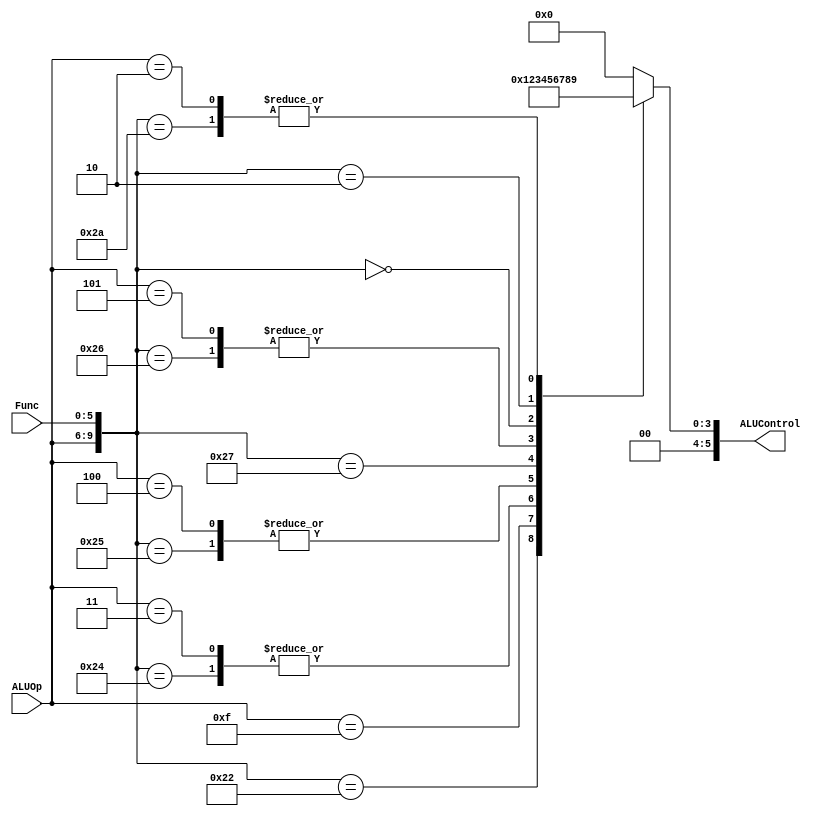
module ALUControl(ALUControl, ALUOp, Func);

  input [3:0] ALUOp;
  input [5:0] Func;

output reg [5:0] ALUControl;

  wire [9:0] ALUInput;  
  assign ALUInput = {ALUOp, Func};

always@(ALUInput) begin
casex(ALUInput)

  10'b0001xxxxxx: 
    ALUControl <= 6'b000000;  // addi

  10'b0000100000: 
    ALUControl <= 6'b000000;  // case 0: add

  10'b0000100010: 
    ALUControl <= 6'b000001;  // case 1: sub

  10'b1111xxxxxx: 
    ALUControl <= 6'b000010;  // case 2: mul

  10'b0000100100: 
    ALUControl <= 6'b000011;  // case 3: AND 

  10'b0011xxxxxx: 
    ALUControl <= 6'b000011;  // case 3: ANDI

  10'b0000100101: 
    ALUControl <= 6'b000100;  // case 4: OR

  10'b0100xxxxxx: 
    ALUControl <= 6'b000100;  // case 4: ORI

  10'b0000100111: 
    ALUControl <= 6'b000101;  // case 5: NOR

  10'b0000100110: 
    ALUControl <= 6'b000110;  // case 6: XOR 

  10'b0101xxxxxx: 
    ALUControl <= 6'b000110;  // case 6: XORI

  10'b0000000000: 
    ALUControl <= 6'b000111;  // case 7: sll

  10'b0000000010: 
    ALUControl <= 6'b001000;  // case 8: srl

  10'b0000101010: 
    ALUControl <= 6'b001001;  // case 9: slt

  10'b0010xxxxxx: 
    ALUControl <= 6'b001001;  // case 9: slti

  10'b1010xxxxxx: 
    ALUControl <= 6'b000000;  // case 10: lw, lh, lb, sw, sh, sb

//  10'b1001xxxxxx: 
//    ALUControl <= 6'b001011;  // case 11: beq

//  10'b1010xxxxxx: 
//    ALUControl <= 6'b001100;  // case 12: bne

//  10'b1011xxxxxx: 
//    ALUControl <= 6'b001101;  // case 13: bgtz

//  10'b1100xxxxxx: 
//    ALUControl <= 6'b001110;  // case 14: blez
    
//  10'b1101xxxxxx: 
//    ALUControl <= 6'b001111;  // case 15: bltz

  default: 
    ALUControl <= 6'b000000;  // R-Format

endcase
end
endmodule